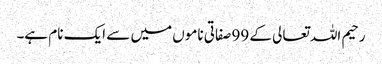
رحیم اللہ تعالی کے 99 صفاتی ناموں میں سے ایک نام ہے۔